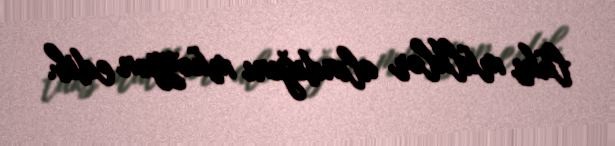
lüks mülklər alındığını müəyyən edib.